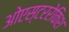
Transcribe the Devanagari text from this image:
ओएस्टररेकिश